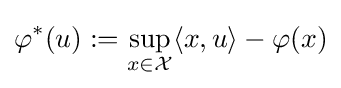
\varphi ^{*}(u):=\sup _{x\in {\mathcal {X}}}\langle x,u\rangle -\varphi (x)